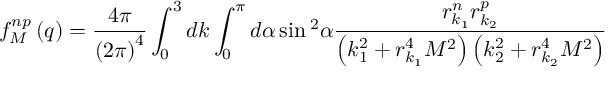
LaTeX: f _ { M } ^ { n p } \left( q \right) = \frac { 4 \pi } { \left( 2 \pi \right) ^ { 4 } } \int _ { 0 } ^ { 3 } d k \int _ { 0 } ^ { \pi } d \alpha \sin { } ^ { 2 } \alpha \frac { r _ { k _ { 1 } } ^ { n } r _ { k _ { 2 } } ^ { p } } { \left( k _ { 1 } ^ { 2 } + r _ { k _ { 1 } } ^ { 4 } M ^ { 2 } \right) \left( k _ { 2 } ^ { 2 } + r _ { k _ { 2 } } ^ { 4 } M ^ { 2 } \right) }